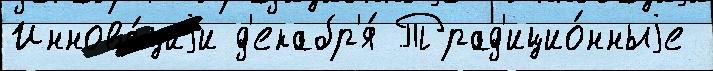
Иннова́циjи д'екабр'я́ Трад'ицио́нныjе